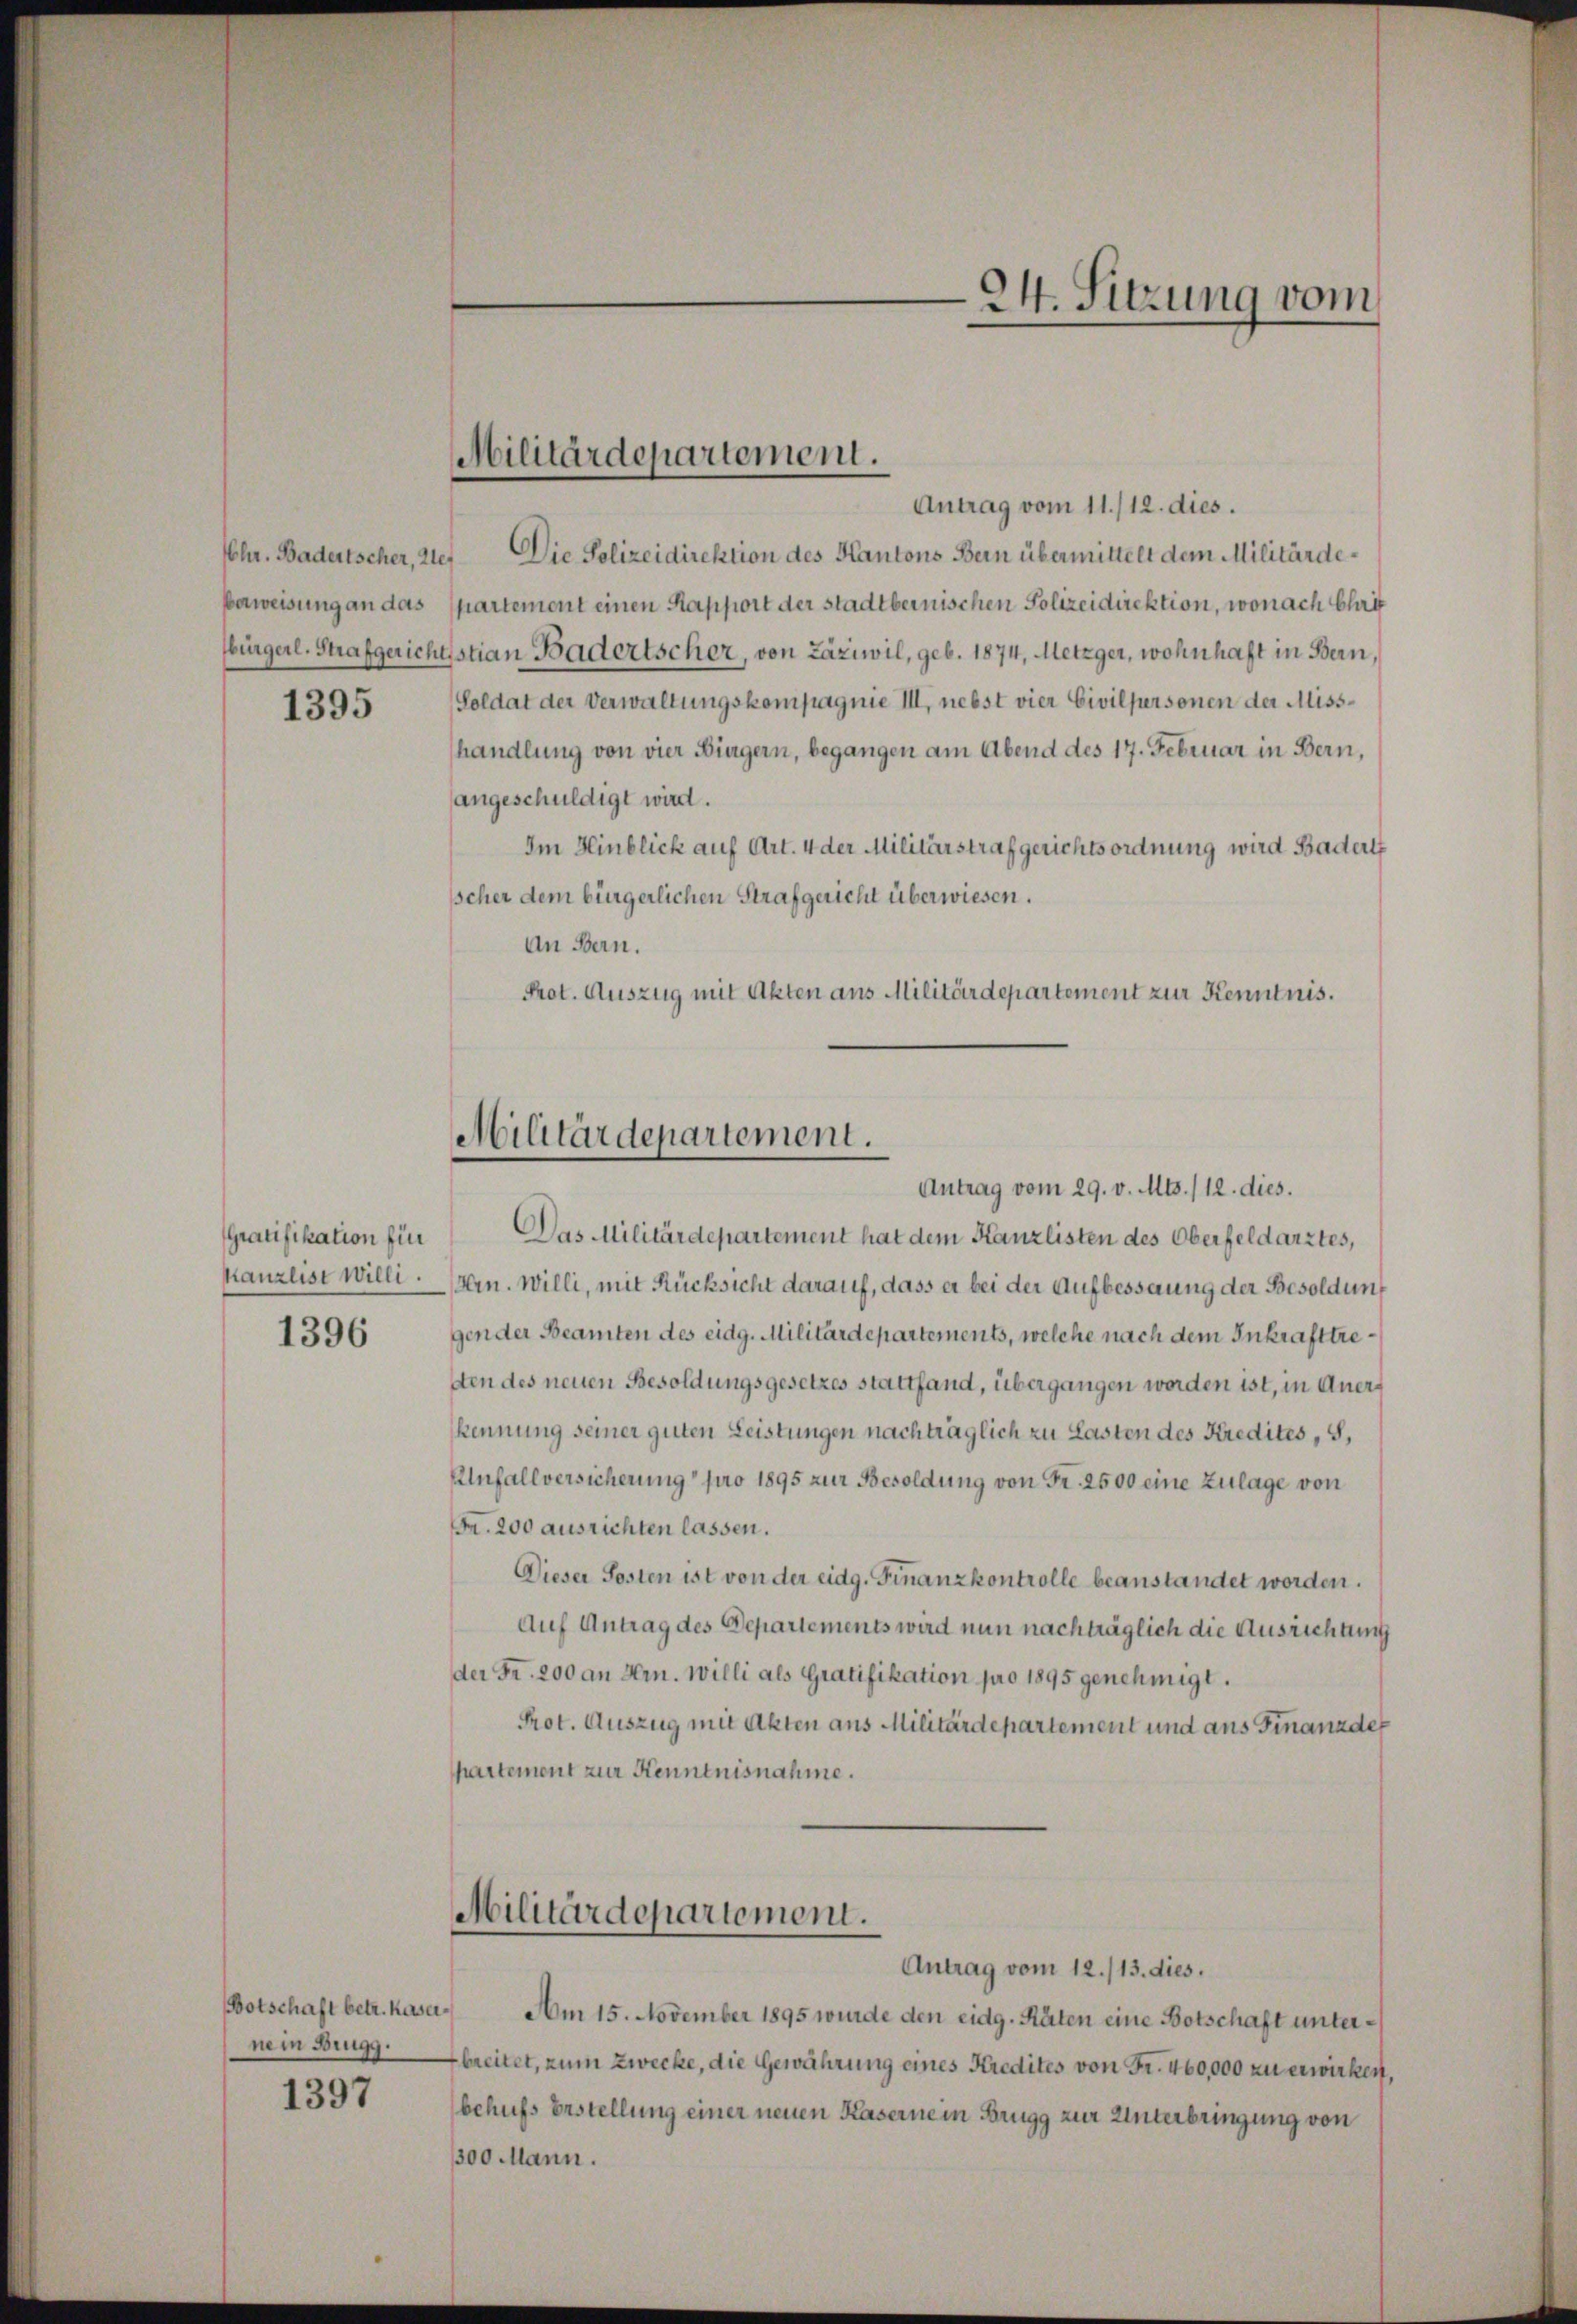
1395

Gratifikation für
kanzlist willi.

1396

Botschaft betr. Kasernein Brugg.

1397

Antrag vom 11./12. dies.
Chr. Badertscher, 2te Die Polizeidirektion des Kantons Bern übermittelt dem Militärdebeweisung an das partement einen Rapport der stadtbernischen Polizeidirektion, wonach Chri
bürgerl. Strafgerichtsstian Badertscher, von Zäziwil, geb. 1874, Metzger, wohnhaft in Bern,
(Soldat der Verwaltungskompagnie III, nebst vier Civilpersonen der Misshandlung von vier Bingern, begangen am Abend des 17. Februar in Bern,
angeschuldigt wird.
Im Hinblick auf Art. 4 der Militärstrafgerichtsordnung wird Badert
sscher dem bürgerlichen Strafgericht überwiesen.
An Bern.
Prot. Auszug mit Akten aus Militärdepartement zur Kenntnis.

Militärdepartement.

Militärdepartement.
Antrag vom 29. v. Mts. /12. dies.

Das Militärdepartement hat dem Kanzlisten des Oberfeldarztes,
Hrn. Willi, mit Rücksicht darauf, dass er bei der Aufbesserung der Besoldung
gender Beamten des eidg. Militärdepartements, welche nach dem Inkrafttresten des neuen Besoldungsgesetzes stattfand, übergangen worden ist, in Anerkennung seiner guten Leistungen nachträglich zu Lasten des Kredites, S.
Unfallversicherung pro 1895 zur Besoldung von Fr. 2500 eine Zulage von
Fr. 200 ausrichten lassen.
Dieser Sosten ist von der eidg. Finanzkontrolle beanstandet worden.
Auf Antrag des Departements wird nun nachträglich die Ausrichtung
der Fr. 200 an Hrn. Willi als Gratifikation pro 1895 genehmigt.
Prot. Auszug mit Akten aus Militärdepartement und aus Finanzde
hartement zur Kenntnisnahme.
Militärdepartement.

24. Sitzung vom

Antrag vom 12./13. dies.
Am 15. November 1895 wurde den eidg. Räten eine Botschaft unterbreitet, zum Zwecke, die Gewährung eines Kredites von Fr. 460,000 zu erwirken,
behufs Erstellung einer neuen Kasernein Brugg zur Unterbringung von
300 Mann.